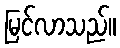
မြင်လာသည်။